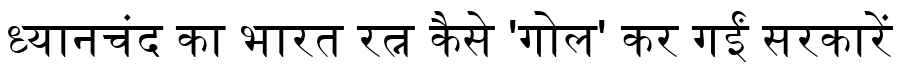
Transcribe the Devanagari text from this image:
ध्यानचंद का भारत रत्न कैसे 'गोल' कर गईं सरकारें